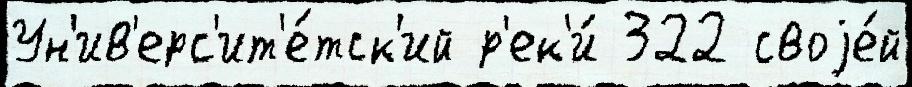
Ун'ив'ерс'ит'е́тск'ий р'ек'и́ 322 своjе́й